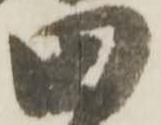
田